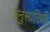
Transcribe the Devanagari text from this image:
अनुसारिणी